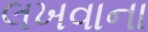
લખવાના